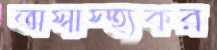
অস্বাস্হ্যকর